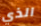
الذي